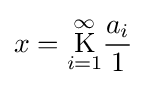
x={\underset {i=1}{\overset {\infty }{\operatorname {K} }}}{\frac {a_{i}}{1}}